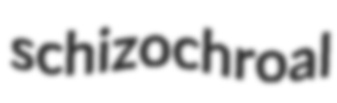
schizochroal